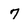
Character: 7